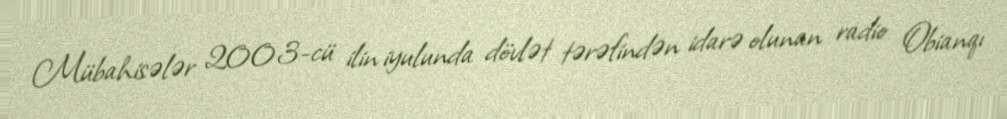
Mübahisələr 2003-cü ilin iyulunda dövlət tərəfindən idarə olunan radio Obianqı